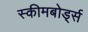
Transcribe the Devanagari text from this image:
स्कीमबोर्ड्स